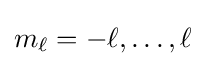
m_{\ell }=-\ell ,\ldots ,\ell